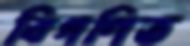
বিগণিত